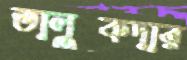
তালুকদার